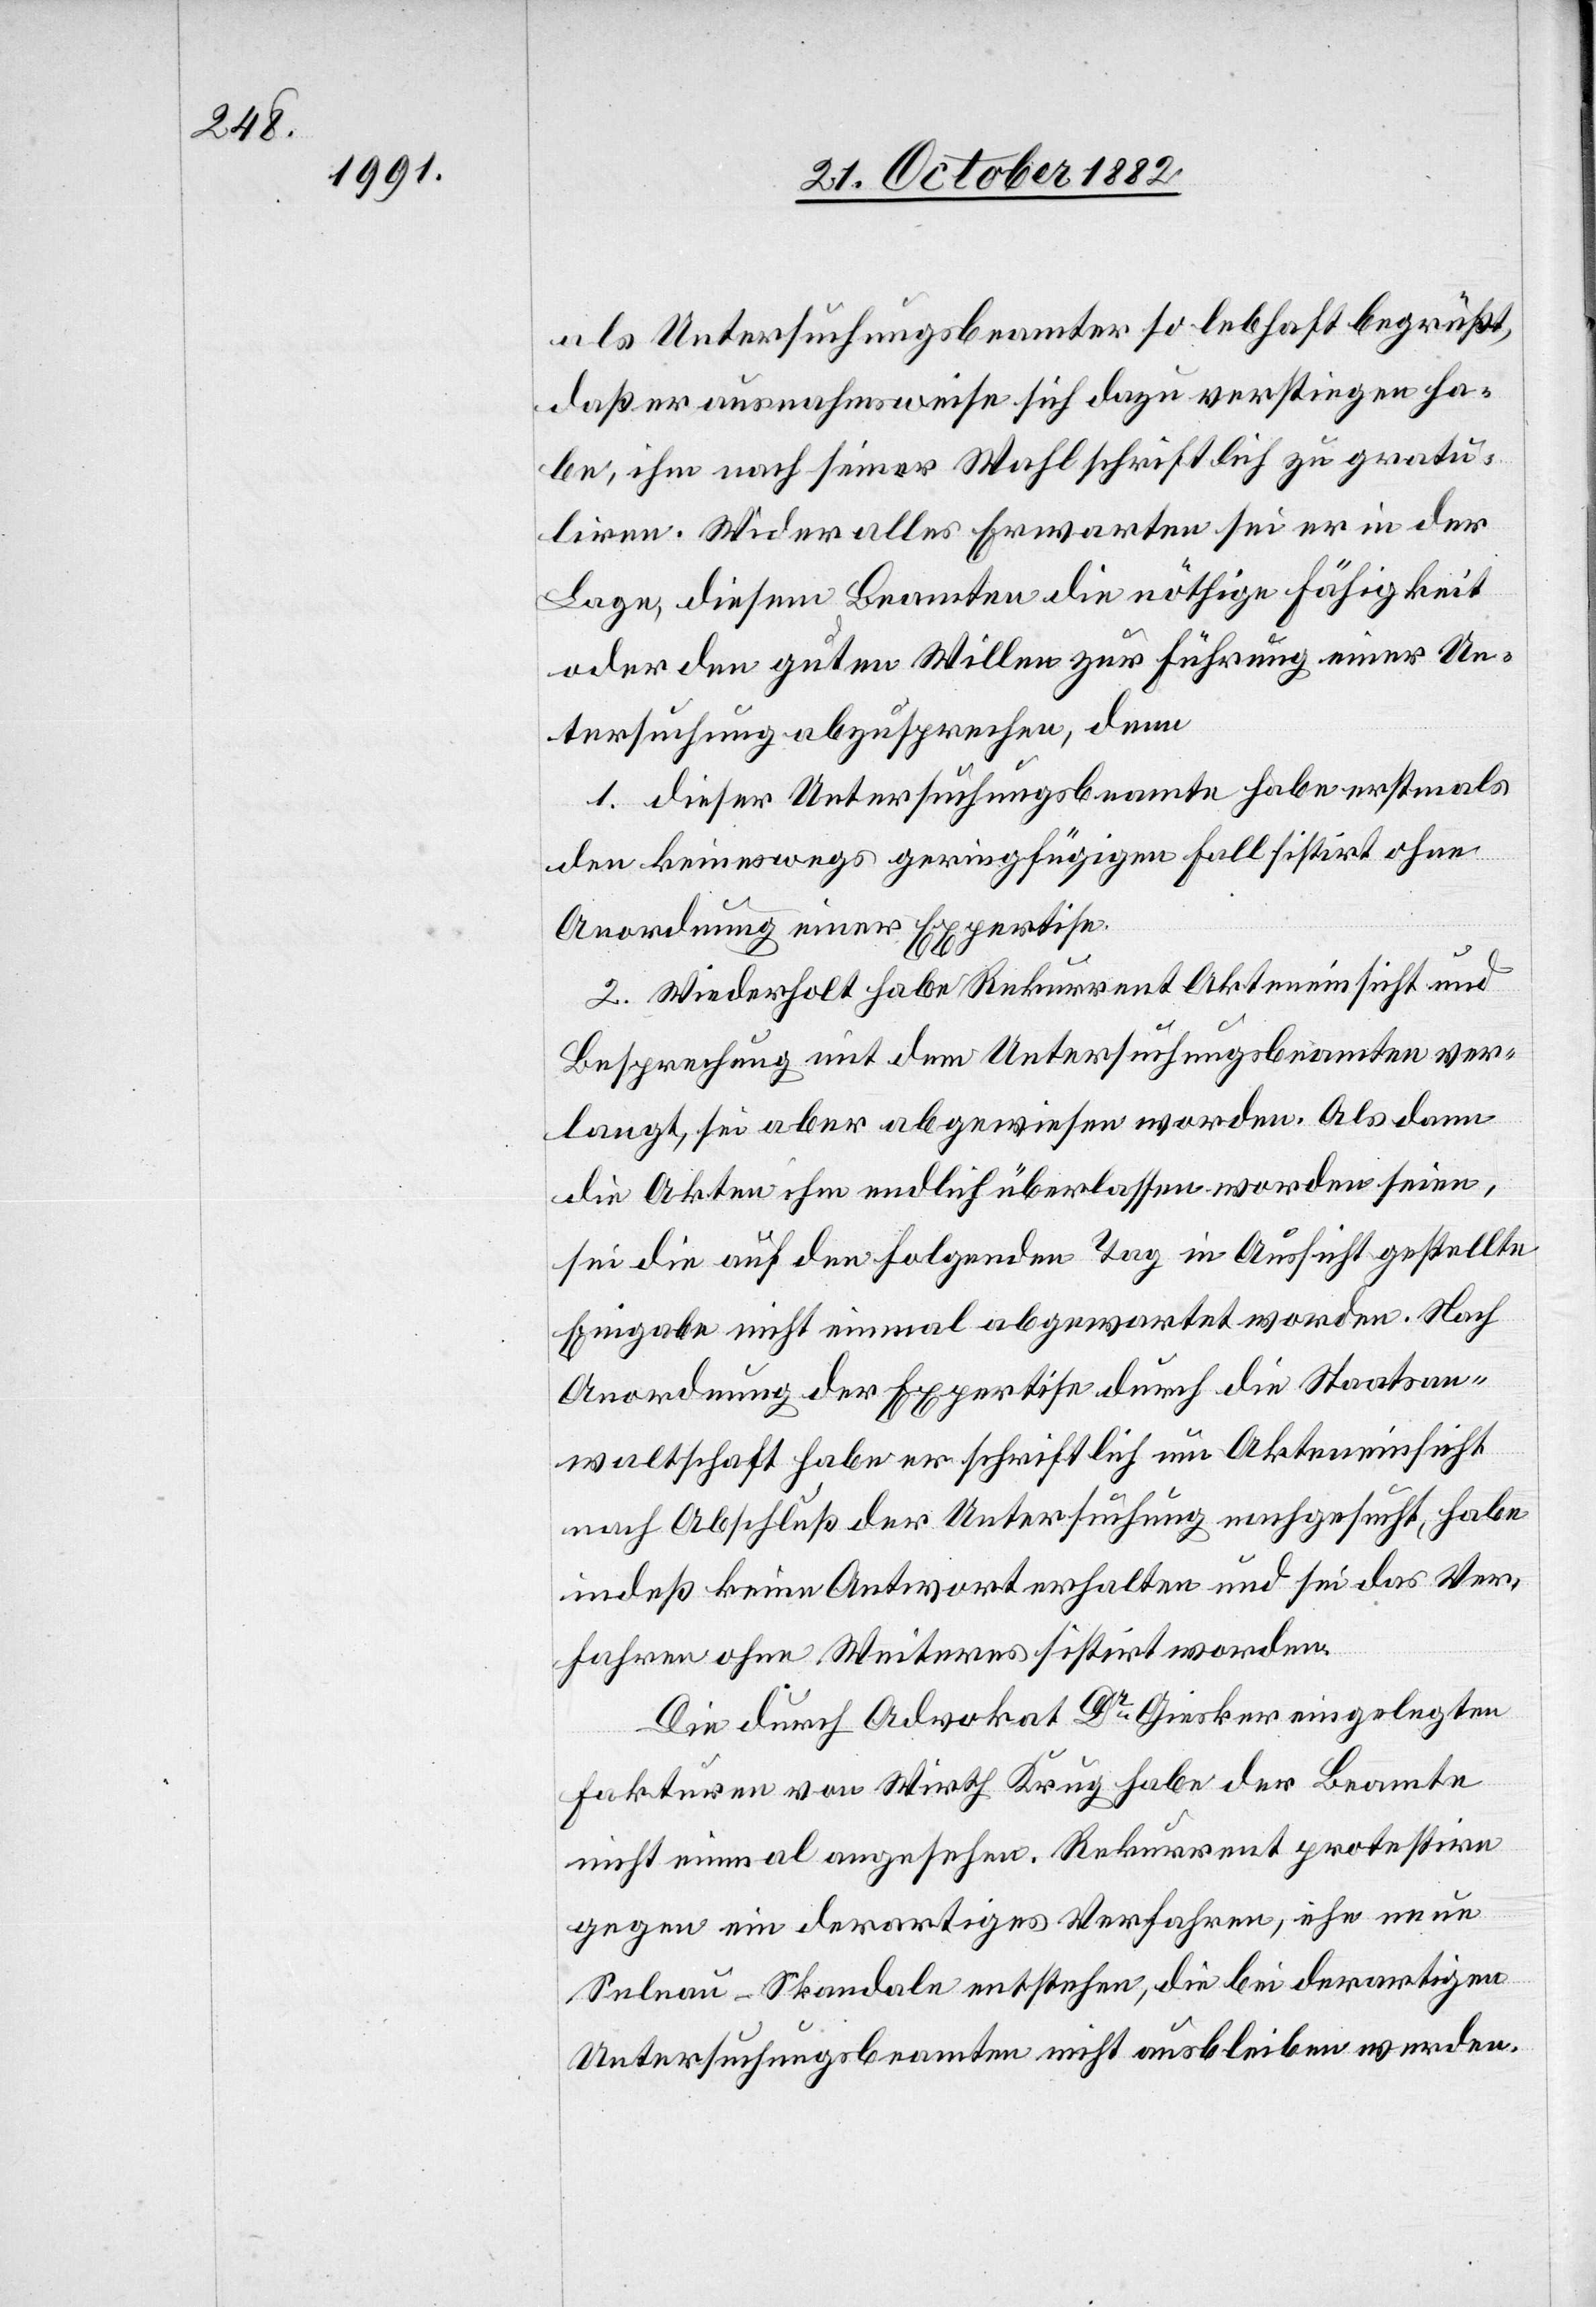
als Untersuchungsbeamter so lebhaft begrüßt,
daß er ausnahmsweise sich dazu verstiegen ha¬
be, ihm nach seiner Wahl schriftlich zu gratu¬
liren. Wider alles Erwarten sei er in der
Lage, diesem Beamten die nöthige Fähigkeit
oder den guten Willen zur Führung einer Un¬
tersuchung abzusprechen, denn
1. dieser Untersuchungsbeamte habe erstmals
den keineswegs geringfügigen Fall sistirt ohne
Anordnung einer Expertise.
2. Wiederholt habe Rekurrent Akteneinsicht und
Besprechung mit dem Untersuchungsbeamten ver¬
langt, sei aber abgewiesen worden. Als dann
die Akten ihm endlich überlassen worden seien,
sei die auf den folgenden Tag in Aussicht gestellte
Eingabe nicht einmal abgewartet worden. Nach
Anordnung der Expertise durch die Staatsan¬
waltschaft habe er schriftlich um Akteneinsicht
nach Abschluß der Untersuchung nachgesucht, habe
indeß keine Antwort erhalten und sei das Ver¬
fahren ohne Weiteres sistirt worden.
Die durch Advokat Dr Giesker eingelegten
Fakturen von Wirth Krug habe der Beamte
nicht einmal angesehen. Rekurrent protestire
gegen ein derartiges Verfahren, ehe neue
Selnau-Skandale entstehen, die bei derartigen
Untersuchungsbeamten nicht ausbleiben werden.